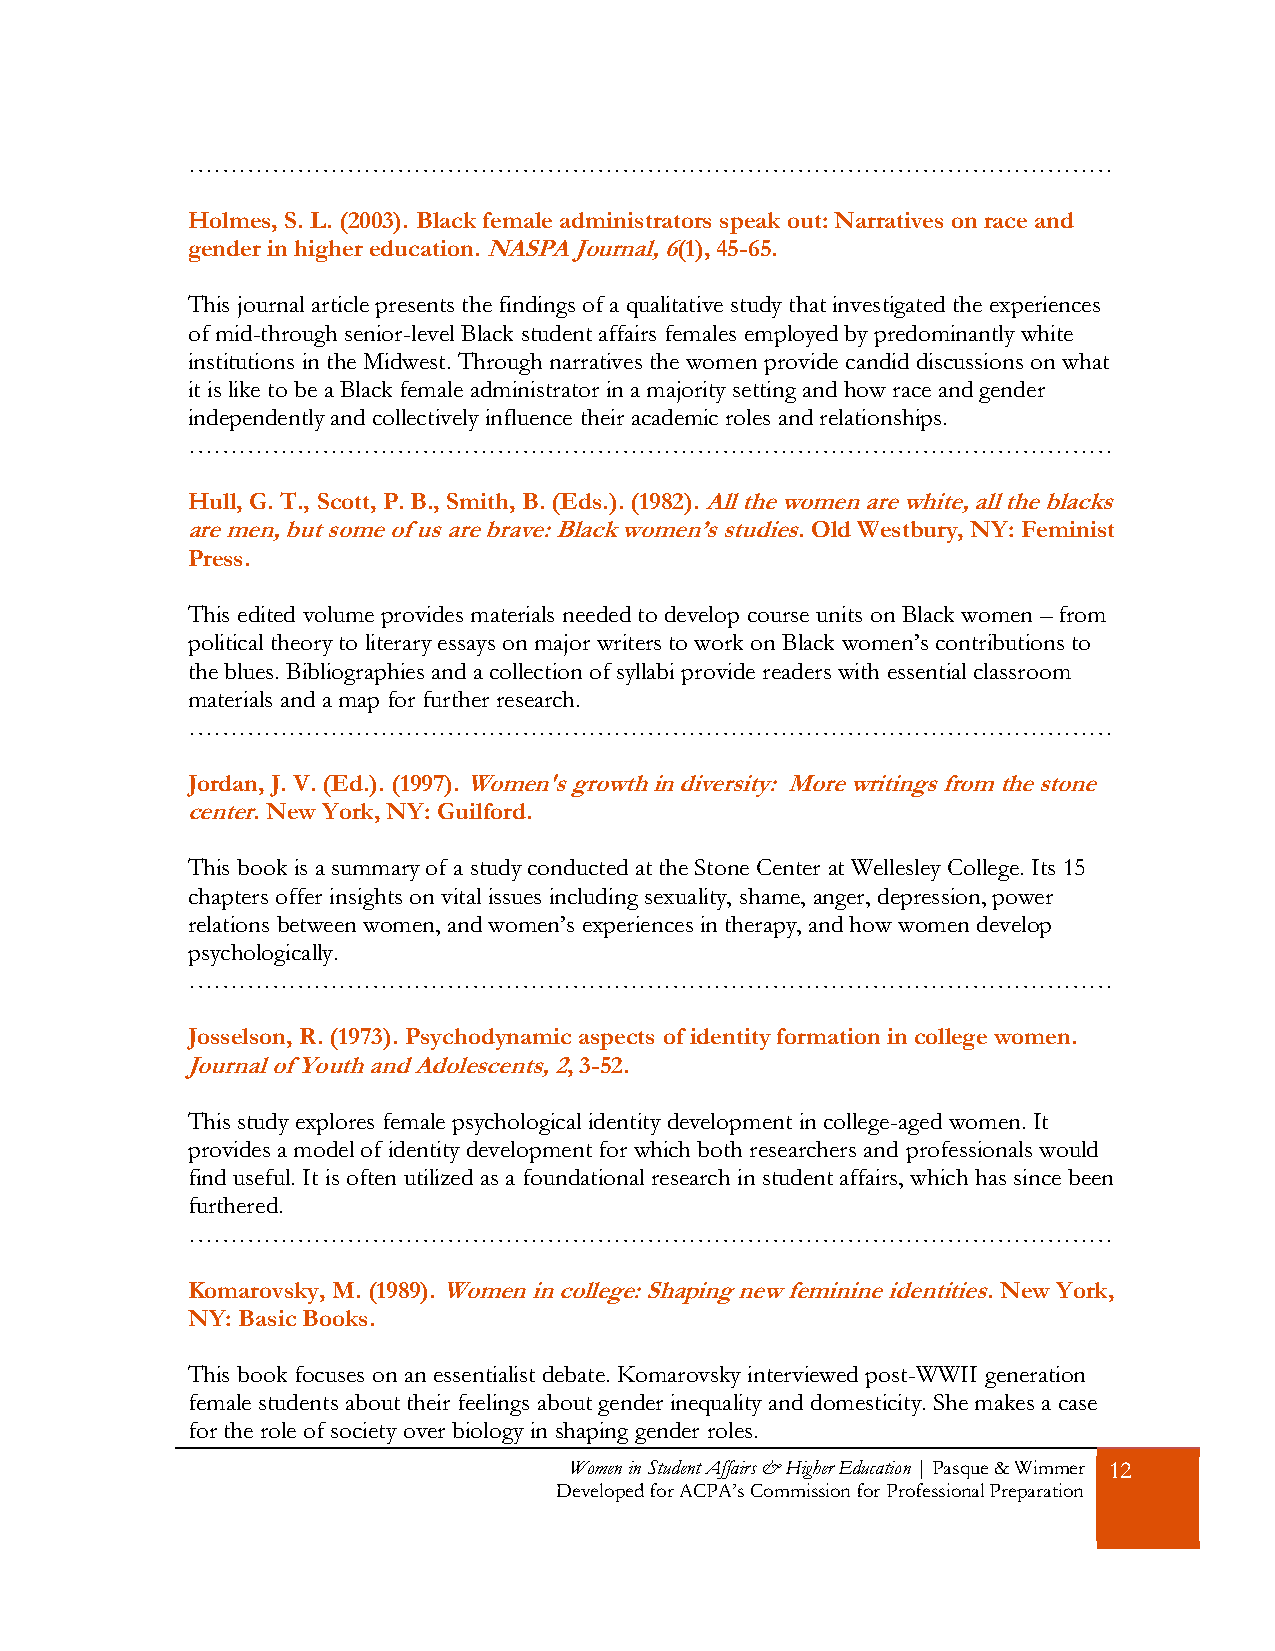
…………………………………………………………………………………………………
 Holmes, S. L. (2003). Black female administrators speak out: Narratives on race and
 gender in higher education. NASPA Journal, 6(1), 45-65.
 This journal article presents the findings of a qualitative study that investigated the experiences
 of mid-through senior-level Black student affairs females employed by predominantly white
 institutions in the Midwest. Through narratives the women provide candid discussions on what
 it is like to be a Black female administrator in a majority setting and how race and gender
 independently and collectively influence their academic roles and relationships.
 …………………………………………………………………………………………………
 Hull, G. T., Scott, P. B., Smith, B. (Eds.). (1982). All the women are white, all the blacks
 are men, but some of us are brave: Black women’s studies. Old Westbury, NY: Feminist
 Press.
 This edited volume provides materials needed to develop course units on Black women – from
 political theory to literary essays on major writers to work on Black women’s contributions to
 the blues. Bibliographies and a collection of syllabi provide readers with essential classroom
 materials and a map for further research.
 …………………………………………………………………………………………………
 Jordan, J. V. (Ed.). (1997). Women's growth in diversity: More writings from the stone
 center. New York, NY: Guilford.
 This book is a summary of a study conducted at the Stone Center at Wellesley College. Its 15
 chapters offer insights on vital issues including sexuality, shame, anger, depression, power
 relations between women, and women’s experiences in therapy, and how women develop
 psychologically.
 …………………………………………………………………………………………………
 Josselson, R. (1973). Psychodynamic aspects of identity formation in college women.
 Journal of Youth and Adolescents, 2, 3-52.
 This study explores female psychological identity development in college-aged women. It
 provides a model of identity development for which both researchers and professionals would
 find useful. It is often utilized as a foundational research in student affairs, which has since been
 furthered.
 …………………………………………………………………………………………………
 Komarovsky, M. (1989). Women in college: Shaping new feminine identities. New York,
 NY: Basic Books.
 This book focuses on an essentialist debate. Komarovsky interviewed post-WWII generation
 female students about their feelings about gender inequality and domesticity. She makes a case
 for the role of society over biology in shaping gender roles.
 Women in Student Affairs & Higher Education | Pasque & Wimmer 12
 Developed for ACPA’s Commission for Professional Preparation